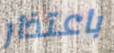
باعتذار